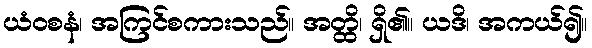
ယံဝစနံ၊ အကြင်စကားသည်။ အတ္ထိ၊ ရှိ၏။ ယဒိ၊ အကယ်၍။